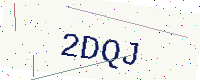
Text: 2DQJ